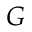
G